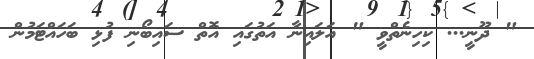
" ދޫނީ... ކިހިނެތްވީ " އަލައިނާ އަތުގައި އޮތް ސައިބޯނި ފުޅި ބަހައްޓަމުން